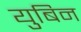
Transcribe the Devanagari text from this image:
युबिन